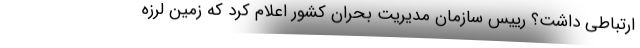
ارتباطی داشت؟ رییس سازمان مدیریت بحران کشور اعلام کرد که زمین لرزه